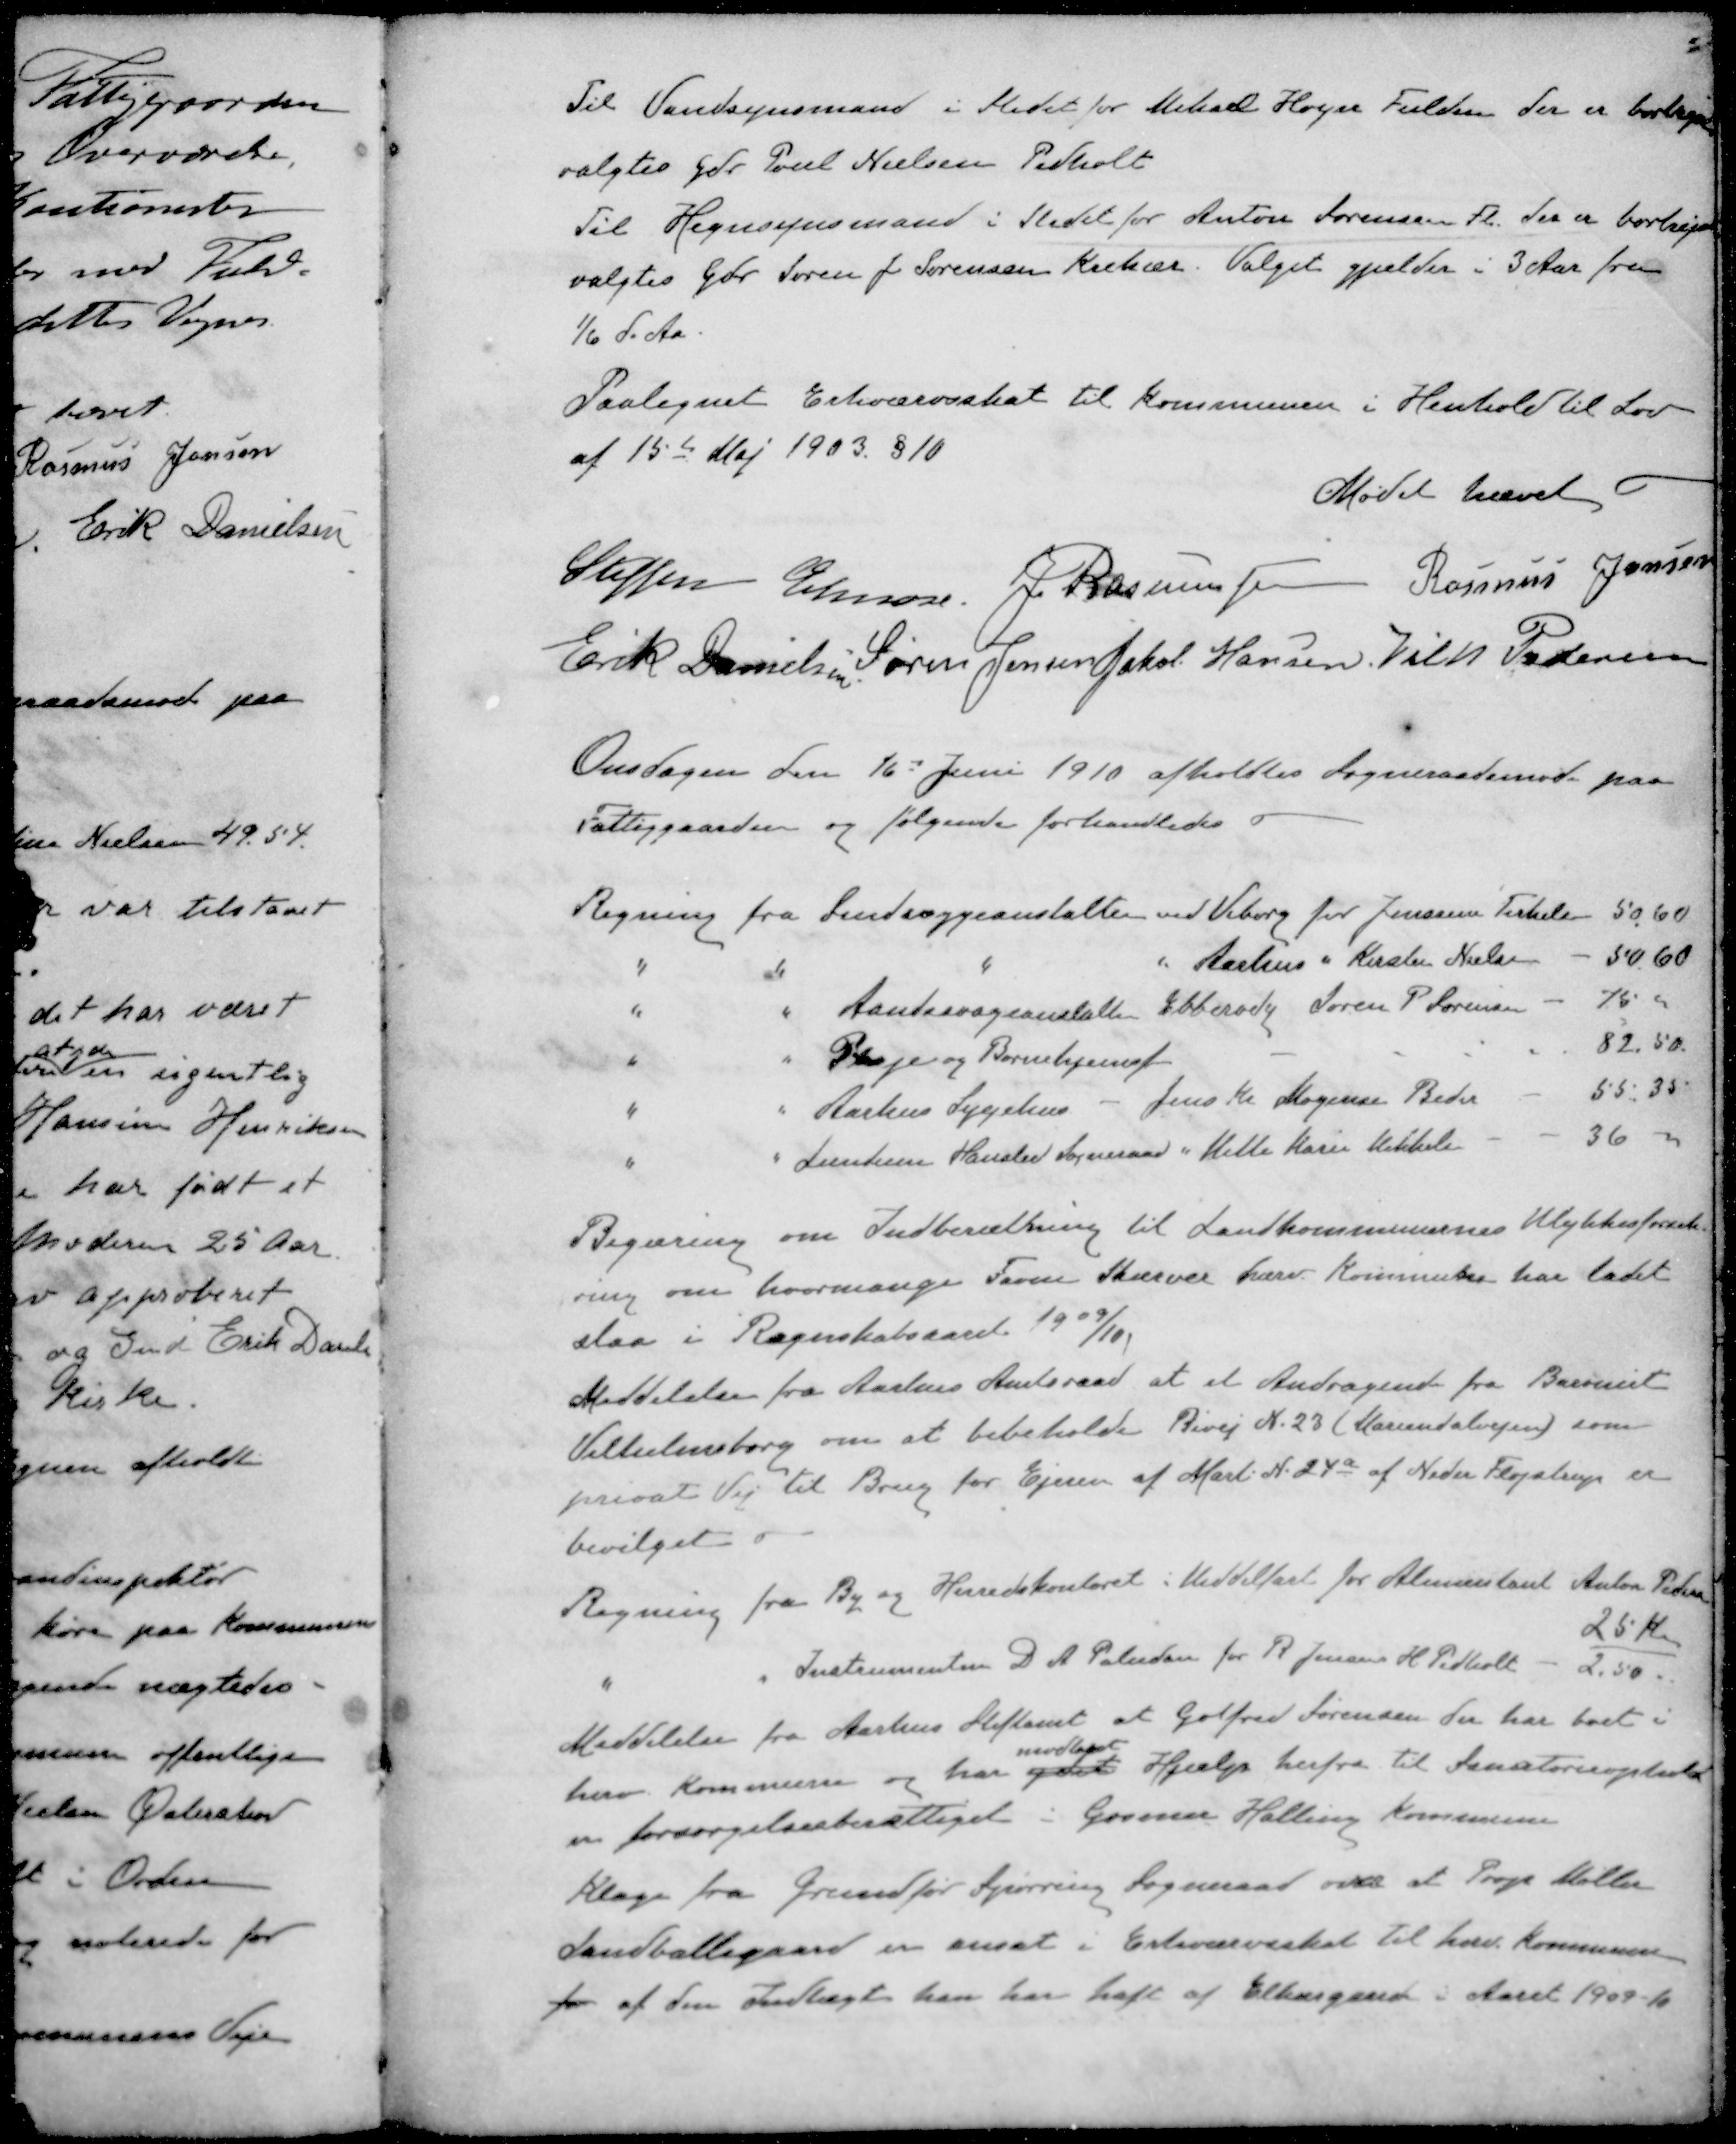
Transskription:
Til Vandsynsmand i Stedet for Mikael Hoejer Fulden der er bortrejst
valgtes Gdr. Poul Nielsen Pedholt
Til Hegnsynsmand i Stedet for Anton Sørensen Fl. der er bortrejst
valgtes Gdr Søren J. Sørensen Krekær. Valget gjælder i 3 Aar fra
1/6 d. Aa
Paalignet Erhvervsskat til Kommunen i Henhold til Lov
af 15de Maj 1903 § 10
Mødet hævet
Steffen Elmose
J. Rasmussen
Rasmus Jensen
Erik Danielsen
Søren Jensen
Jakob Hansen
Vilh Pedersen
Onsdagen den 16d Juni 1910 afholdtes Sogneraadsmøde paa
Fattiggaarden og følgende forhandledes
Regning fra Sindssygeanstalten ved Viborg for JensineTerkelsen
50,60
" " " " Aarhus " Kirsten Nielsen
50,60
" " Aandssvageanstalten Ebberødg Søren P. Sørensen
75 00
" " Pleje og Børnehjemsf
82.50.
" " Aarhus Sygehus - Jens Kr. Mogensen Beder
55.35
" " Lundum Hansted Sogneraad " Mette Karin Mikkelsen
36 00
Begæring om Indberetning til Landkommunernes Ulykkesforsik-
ring om hvormange Favne Skærver hærv. Kommune har ladet
slaa i Regnskabsaaret 1909/10
Meddelelse fra Aarhus Amtsraad at et Andragende fra Baroniet
Vilhelmsborg om at bibeholde Bivej N. 23 (Mariendalvejen) som
privat Vej til Brug for Ejeren af Mart N. 24a af Neder Fløjstrup er
bevilget
Regning fra By og Herredskontoret i Middelfart for Alimentant Anton Pedersen
25 Kr.
" " Instrumentm D. A. Petersen for R Jensen H. Pedholt - 2,50 -
Meddelelse fra Aarhus Stiftamt at Gotfred Sørensen der har boet i
modtaget
herv. Kommune og har ydet Hjælp herfra til Sanatorieophold
er forsørgelsesberettiget i Gosmer Halling Kommune
Klage fra Grundfør Spørring Sogneraad over at Prop Møller
Landballegaard er ansat i Erhverveskat til herv Kommune
 af den Indtægt han har haft af Elkærgaard i Aaret 1909-10